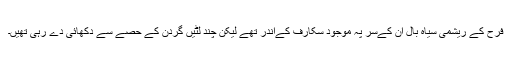
فرح کے ریشمی سیاہ بال ان کےسر پہ موجود سکارف کےاندر تھے لیکن چند لٹیں گردن کے حصے سے دکھائی دے رہی تھیں۔